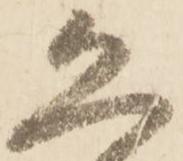
恐